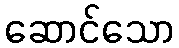
ဆောင်သော